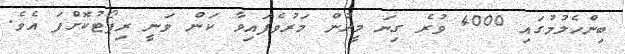
ބިންހެލުމުގައި 4000 ވުރެ ގިނަ މީހުން މަރުވެފައިވާ ކަން ވަނީ ރިޕޯޓުކޮށްފަ އެވެ.